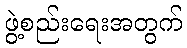
ဖွဲ့စည်းရေးအတွက်